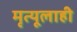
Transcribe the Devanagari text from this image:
मृत्यूलाही